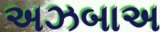
અઝબાઅ